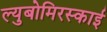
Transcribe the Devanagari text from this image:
ल्युबोमिरस्काई